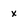
Character: x